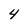
Character: 4